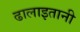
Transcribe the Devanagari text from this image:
ढालाइतानी